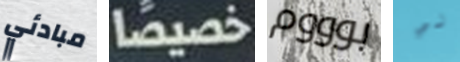
مبادئي خصيصا بوووم لي